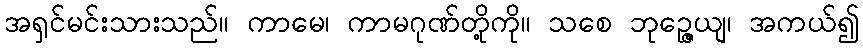
အရှင်မင်းသားသည်။ ကာမေ၊ ကာမဂုဏ်တို့ကို။ သစေ ဘုဉ္ဇေယျ၊ အကယ်၍